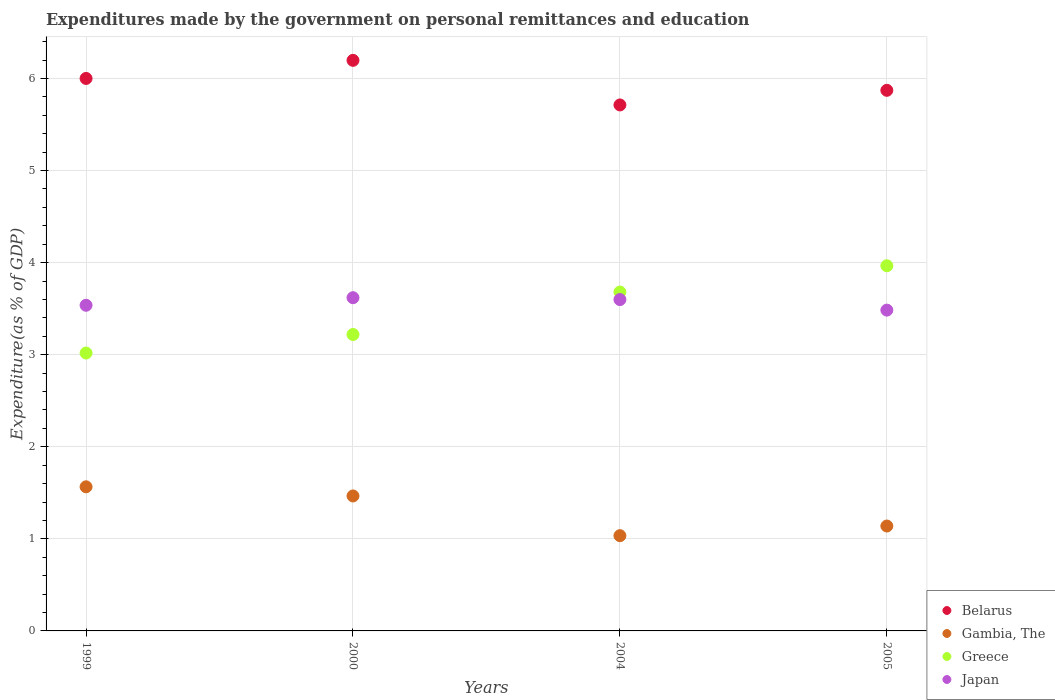
| Years | Belarus | Gambia, The | Greece | Japan |
 | --- | --- | --- | --- | --- |
 | 1999 | 6 | 1.57 | 3.02 | 3.54 |
 | 2000 | 6.2 | 1.47 | 3.22 | 3.62 |
 | 2004 | 5.71 | 1.03 | 3.68 | 3.6 |
 | 2005 | 5.87 | 1.14 | 3.97 | 3.48 |